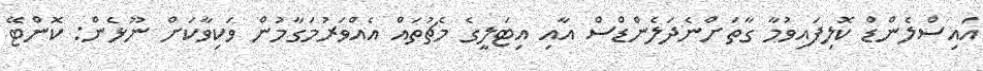
އައިސްލެންޑް ކޮލިފައިވުމާ ގާތަށްނެދަލެންޑްސް އާއި އިޓަލީގެ މެޗުތައް އެއްވަރުމަގާމުން ވަކިވާކަށް ނޫޅެން: ކޮންޓޭ